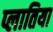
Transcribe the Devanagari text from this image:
प्लातिया